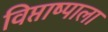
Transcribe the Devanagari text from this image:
विप्ताष्पाला